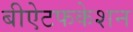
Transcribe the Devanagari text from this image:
बीऐटफकेशन